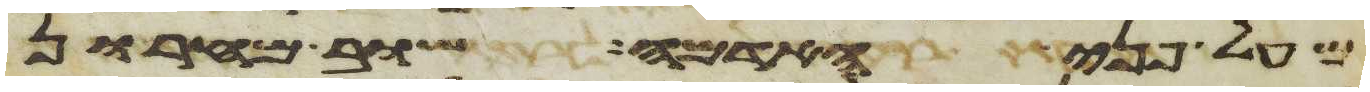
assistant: מעל פני האדמה שוב מחרון